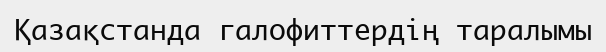
Қазақстанда галофиттердің таралымы